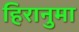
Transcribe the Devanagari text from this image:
हिरानुमा